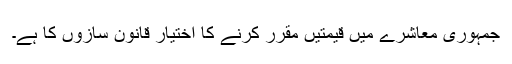
جمہوری معاشرے میں قیمتیں مقرر کرنے کا اختیار قانون سازوں کا ہے۔